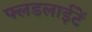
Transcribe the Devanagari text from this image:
फ्लडलाईटें